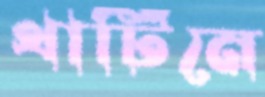
থার্টিনে